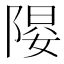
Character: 𱀤